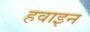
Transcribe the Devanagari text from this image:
हवाइन